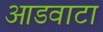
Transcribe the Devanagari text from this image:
आडवाटा